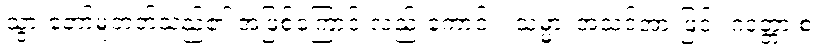
သွားတော်မူတတ်သည်၏ အဖြစ်ကြောင့် လည်းကောင်း။ သမ္မာ၊ အသင့်အားဖြင့်။ ဂဒတ္တာ စ၊